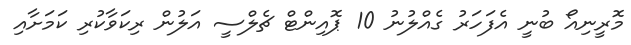
މޮރީނިއޯ ބުނީ އެފަހަރު ގެއްލުނު 10 ޕޮއިންޓް ޗެލްސީ އަލުން ރިކަވާކުރި ކަމަށާއި